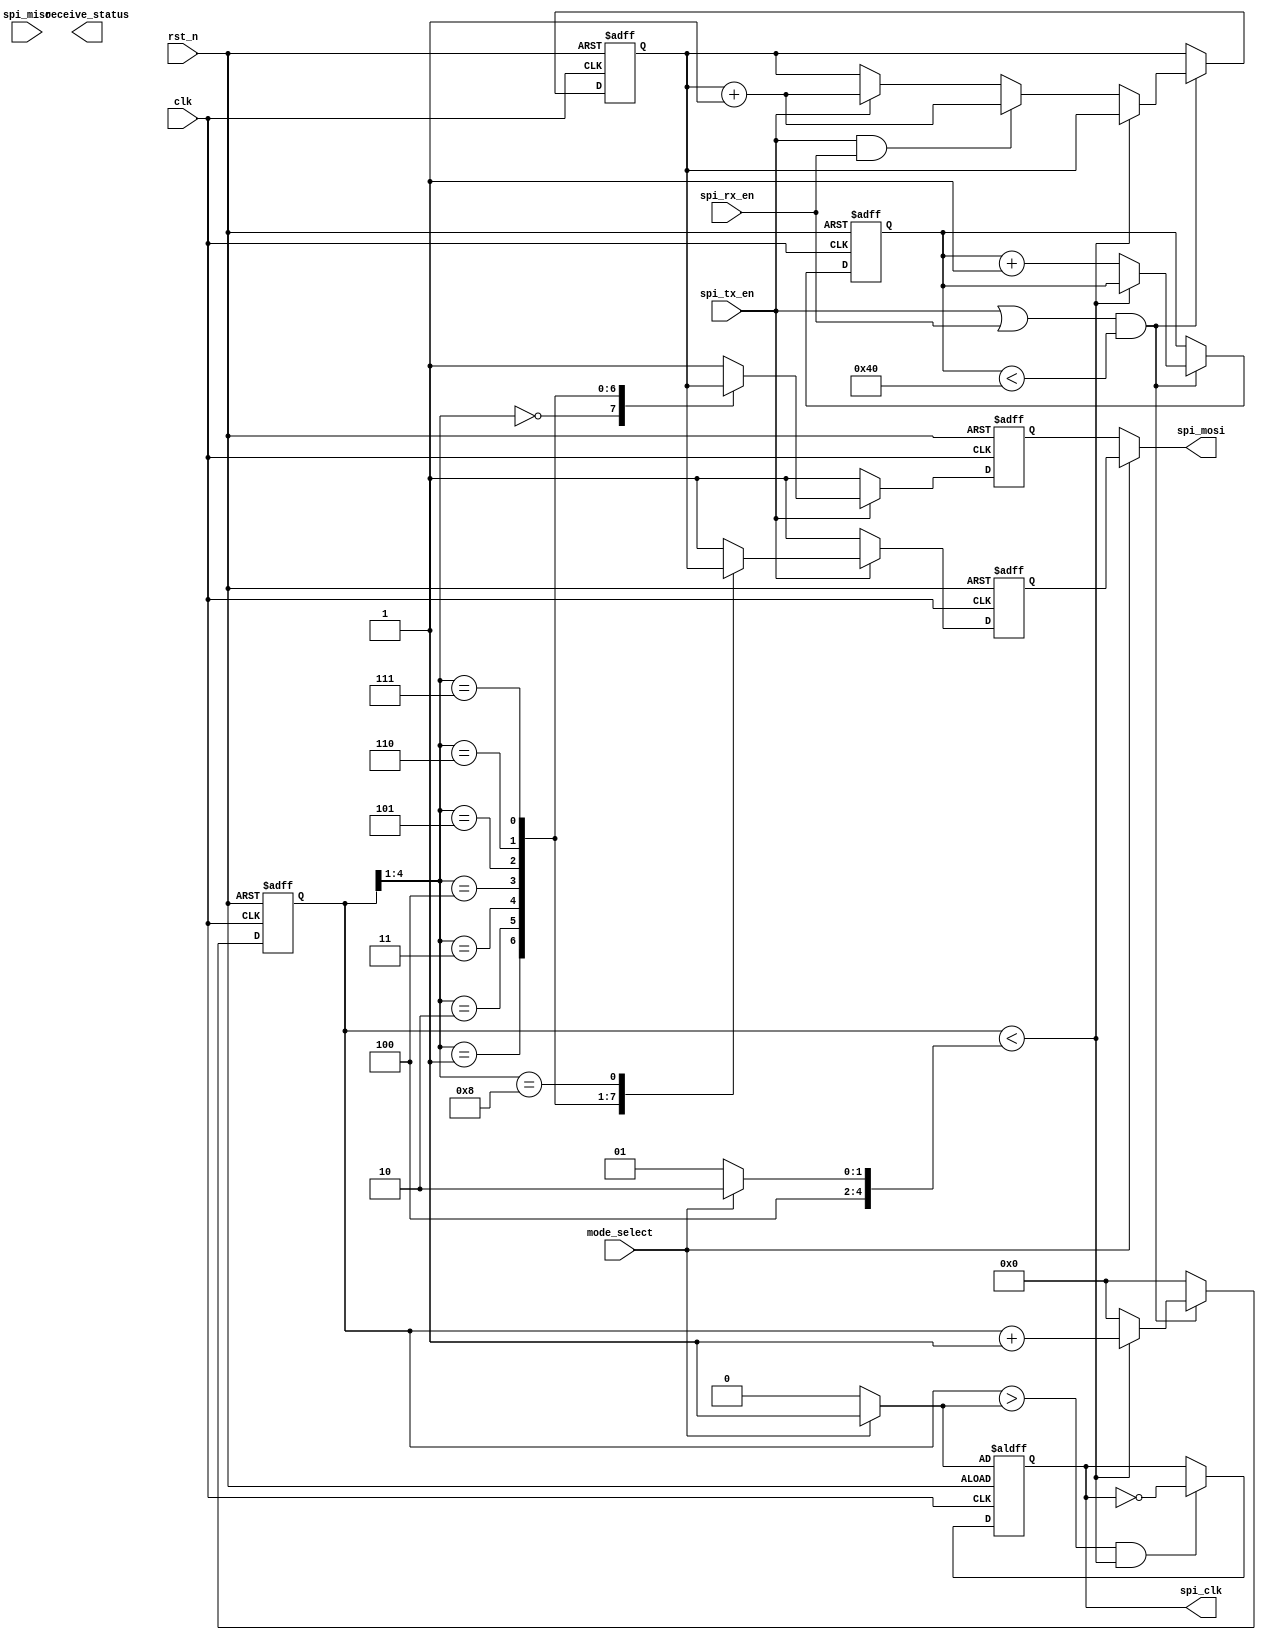
module spi_master_reduced(

clk,rst_n,

spi_miso,spi_mosi,spi_clk,

spi_tx_en,spi_rx_en,mode_select,receive_status

);

parameter DATA_LENGTH = 64;

input clk;

input rst_n;

input spi_miso;

output spi_mosi;

output spi_clk;

input spi_tx_en;

output receive_status;

input spi_rx_en;

input mode_select;

reg[8:0] data_count;

reg[7:0] recv_detect;

reg[7:0] spi_tx_db;

reg[4:0] cnt8;

reg spi_clkr;

reg spi_mosir;

reg spi_mosir1;

reg receive_status;

reg[7:0] spi_rx_dbr;

reg[7:0] spi_rx_dbr1;

wire[7:0] spi_rx_db;

wire[4:0] mode_reg;

wire[4:0] start_reg;
/***********************************************************************
*detect spi mode
***********************************************************************/
assign mode_reg = mode_select ? 5'd18 : 5'd17;

assign start_reg = mode_select ? 5'd1 : 5'd0;

/***********************************************************************
*control the spi timimg
***********************************************************************/
always @(posedge clk or negedge rst_n) begin
	if(!rst_n) begin
		cnt8 <= 5'd0;
		data_count <= 9'h0;
		spi_tx_db  <= 8'h0;
		recv_detect <= 8'h0;
		end
	else if((spi_tx_en || spi_rx_en) && ((data_count < DATA_LENGTH) )) begin
		if(cnt8 < mode_reg)
			cnt8 <= cnt8+1'b1;
		else begin
			if(spi_tx_en && spi_rx_en) begin
				cnt8 <= 5'd0;
				data_count <= data_count + 1'b1;
				spi_tx_db <= spi_tx_db + 1'b1;
				recv_detect <= (spi_rx_db == data_count) ? (recv_detect+1'b1) : recv_detect;
				end
			else begin
				if(spi_tx_en) begin
					cnt8 <= 5'd0;
					data_count <= data_count + 1'b1;
					spi_tx_db <= spi_tx_db + 1'b1;
				end
				else begin
					cnt8 <= 5'd0;
					data_count <= data_count + 1'b1;
					recv_detect <= (spi_rx_db == data_count) ? (recv_detect+1'b1) : recv_detect;
				end
			end
		end
	end
	else begin 
	 cnt8 <= 5'd0;
	 data_count <= data_count;
	end
end

/***********************************************************************
*generate spi clk
***********************************************************************/
always @(posedge clk or negedge rst_n) begin
	if(!rst_n)
		spi_clkr <= mode_select ? 1'b1 : 1'b0;
	else if(cnt8 > start_reg && cnt8 < mode_reg)
				spi_clkr <= ~spi_clkr;
			else
				spi_clkr <= spi_clkr;
end

assign spi_clk = spi_clkr;

/***********************************************************************
*spi master output data
***********************************************************************/
always @(posedge clk or negedge rst_n) begin
	if(!rst_n) 
		spi_mosir <= 1'b1;
	else if(spi_tx_en) begin
				case(cnt8[4:1])
				   4'd0: spi_mosir <= spi_tx_db[7];
					
					4'd1: spi_mosir <= spi_tx_db[6];

					4'd2: spi_mosir <= spi_tx_db[5];

					4'd3: spi_mosir <= spi_tx_db[4];

					4'd4: spi_mosir <= spi_tx_db[3];

					4'd5: spi_mosir <= spi_tx_db[2];

					4'd6: spi_mosir <= spi_tx_db[1];

					4'd7: spi_mosir <= spi_tx_db[0];

					default: spi_mosir <= 1'b1;
				endcase
			end
	else 
		spi_mosir <= 1'b1;
end

always @(posedge clk or negedge rst_n) begin
	if(!rst_n) 
		spi_mosir1 <= 1'b1;
	else if(spi_tx_en) begin
				case(cnt8[4:1])
				   4'd1: spi_mosir1 <= spi_tx_db[7];
					
					4'd2: spi_mosir1 <= spi_tx_db[6];

					4'd3: spi_mosir1 <= spi_tx_db[5];

					4'd4: spi_mosir1 <= spi_tx_db[4];

					4'd5: spi_mosir1 <= spi_tx_db[3];

					4'd6: spi_mosir1 <= spi_tx_db[2];

					4'd7: spi_mosir1 <= spi_tx_db[1];

					4'd8: spi_mosir1 <= spi_tx_db[0];

					default: spi_mosir1 <= 1'b1;
				endcase
			end
	else 
		spi_mosir1 <= 1'b1;
end

assign spi_mosi = mode_select ? spi_mosir1 : spi_mosir;


endmodule